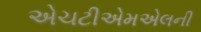
એચટીએમએલની